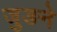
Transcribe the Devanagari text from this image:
जुङने